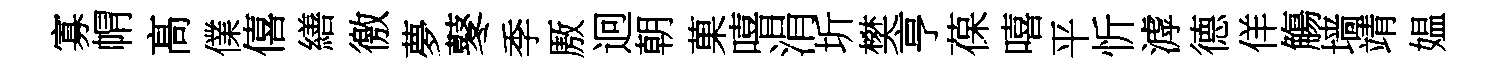
寡㡌髙㒒僖繕徼夢鼕季厫迥朝菓嘻涓圻樊亨葆嘻平忻滹德佯觴墙靖媪